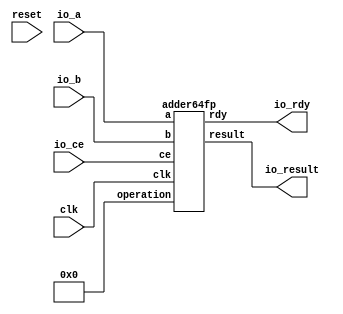
// ==============================================================
// File generated by Vivado(TM) HLS - High-Level Synthesis from C, C++ and SystemC
// Version: 2012.2
// Copyright (C) 2012 Xilinx Inc. All rights reserved.
// 
// ==============================================================

`timescale 1 ns / 1 ps
module types_float_double_grp_fu_86_ACMP_dadd_2_io(
    clk,
    reset,
    io_ce,
    io_rdy,
    io_a,
    io_b,
    io_result);

input clk;
input io_ce;
output io_rdy;
input reset;
input[64 - 1:0] io_a;
input[64 - 1:0] io_b;
output[64 - 1:0] io_result;

adder64fp m(
    .clk(clk),
    .ce(io_ce), 
    .rdy(io_rdy), 
    .a(io_a),
    .b(io_b),
    .operation(6'd0),  //according to DSP core manual
    .result(io_result));


endmodule

module adder64fp(
    clk,
    ce, 
    rdy, 
    a, 
    b, 
    operation, 
    result);

input clk;
input ce;
output rdy;
input [63 : 0] a;
input [63 : 0] b;
input [5 : 0] operation;
output [63 : 0] result;


//assign result = a + b;
//ACMP_dadd #(
//.ID( ID ),
//.NUM_STAGE( 16 ),
//.din0_WIDTH( din0_WIDTH ),
//.din1_WIDTH( din1_WIDTH ),
//.dout_WIDTH( dout_WIDTH ))
//ACMP_dadd_U(
//    .clk( clk ),
//    .reset( reset ),
//    .ce( ce ),
//    .din0( din0 ),
//    .din1( din1 ),
//    .dout( dout ));

endmodule